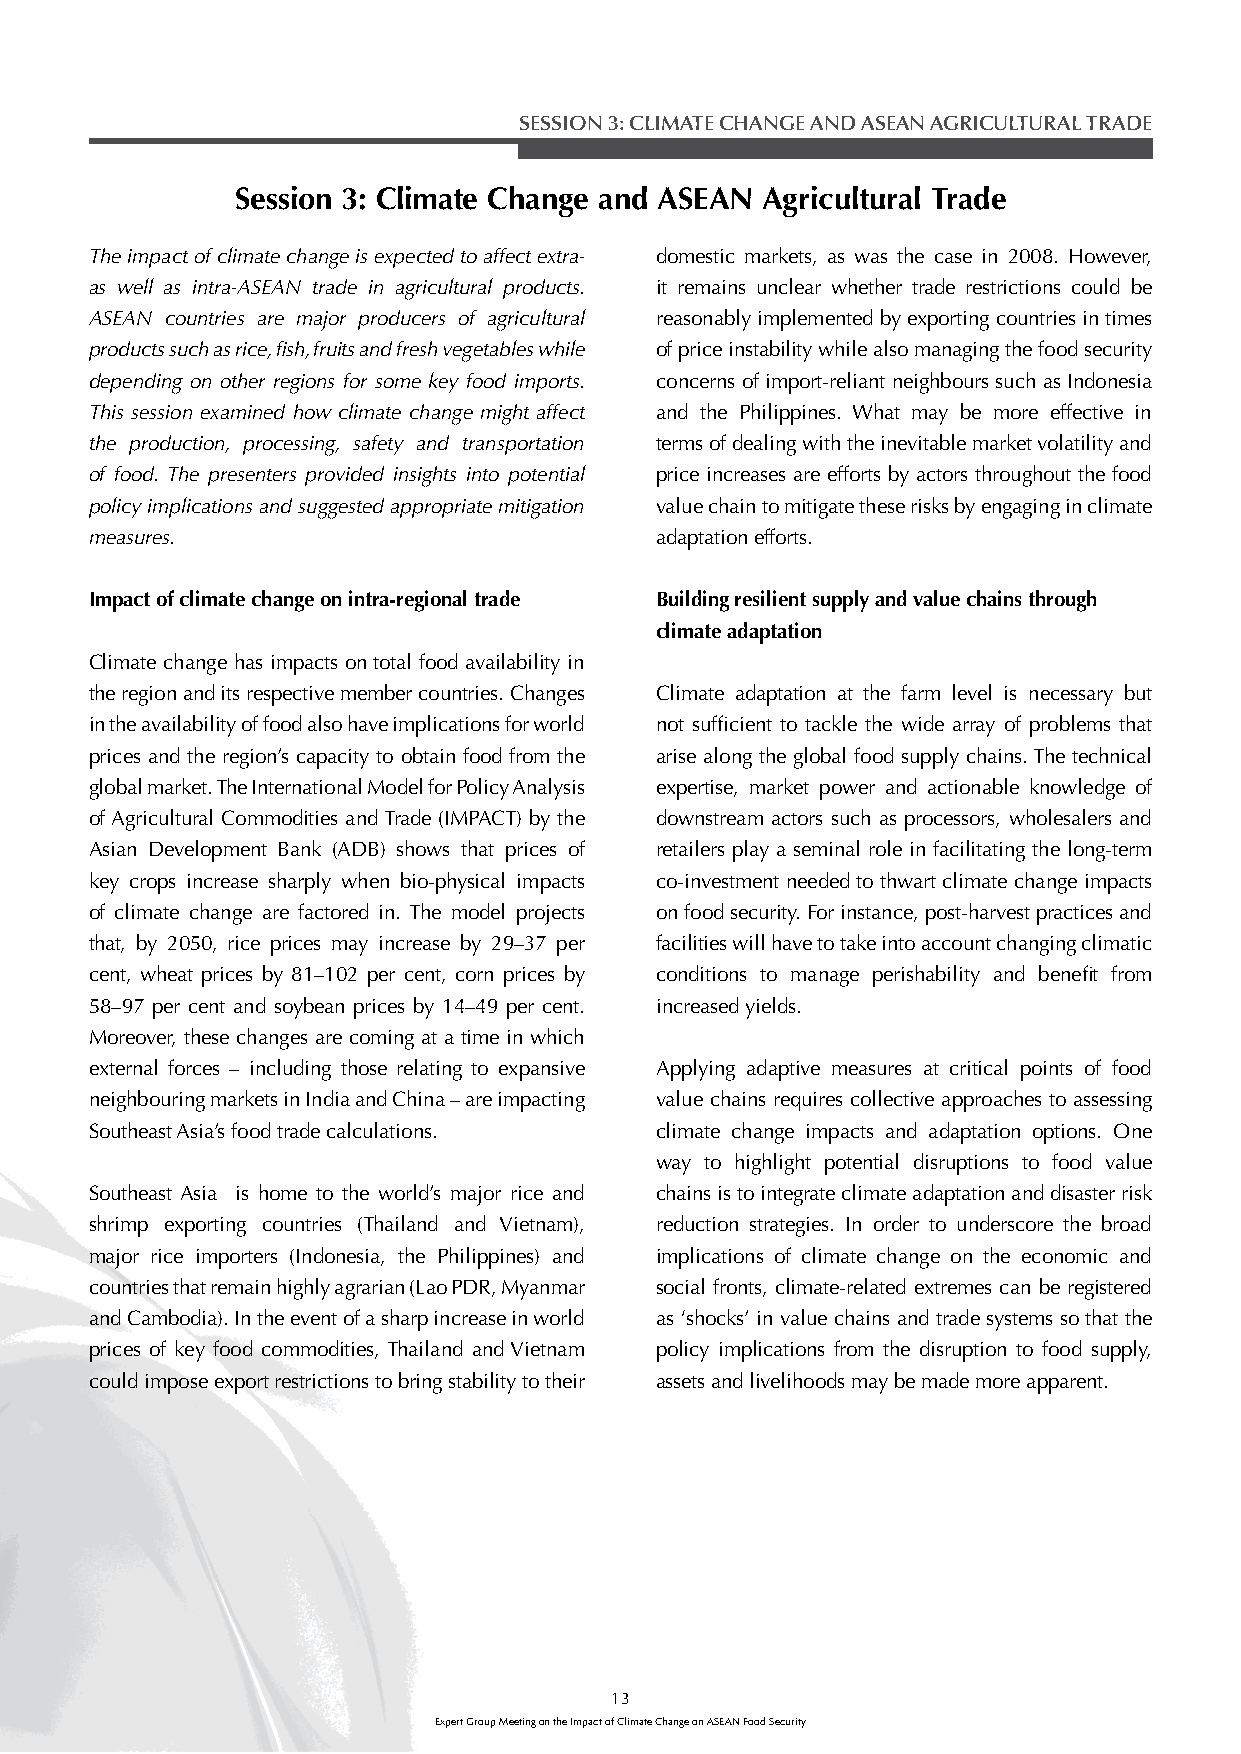
SESSION 3: CLIMATE CHANGE AND ASEAN AGRICULTURAL TRADE
 Session 3: Climate Change and ASEAN Agricultural Trade
 The impact of climate change is expected to affect extra- domestic markets, as was the case in 2008. However,
 as well as intra-ASEAN trade in agricultural products. it remains unclear whether trade restrictions could be
 ASEAN countries are major producers of agricultural reasonably implemented by exporting countries in times
 products such as rice, fi sh, fruits and fresh vegetables while of price instability while also managing the food security
 depending on other regions for some key food imports. concerns of import-reliant neighbours such as Indonesia
 This session examined how climate change might affect and the Philippines. What may be more effective in
 the production, processing, safety and transportation terms of dealing with the inevitable market volatility and
 of food. The presenters provided insights into potential price increases are efforts by actors throughout the food
 policy implications and suggested appropriate mitigation value chain to mitigate these risks by engaging in climate
 measures.                            adaptation efforts.
 Impact of climate change on intra-regional trade Building resilient supply and value chains through
 climate adaptation
 Climate change has impacts on total food availability in
 the region and its respective member countries. Changes Climate adaptation at the farm level is necessary but
 in the availability of food also have implications for world not suffi cient to tackle the wide array of problems that
 prices and the region’s capacity to obtain food from the arise along the global food supply chains. The technical
 global market. The International Model for Policy Analysis expertise, market power and actionable knowledge of
 of Agricultural Commodities and Trade (IMPACT) by the downstream actors such as processors, wholesalers and
 Asian Development Bank (ADB) shows that prices of retailers play a seminal role in facilitating the long-term
 key crops increase sharply when bio-physical impacts co-investment needed to thwart climate change impacts
 of climate change are factored in. The model projects on food security. For instance, post-harvest practices and
 that, by 2050, rice prices may increase by 29–37 per facilities will have to take into account changing climatic
 cent, wheat prices by 81–102 per cent, corn prices by conditions to manage perishability and benefi t from
 58–97 per cent and soybean prices by 14–49 per cent. increased yields.
 Moreover, these changes are coming at a time in which
 external forces – including those relating to expansive Applying adaptive measures at critical points of food
 neighbouring markets in India and China – are impacting value chains requires collective approaches to assessing
 Southeast Asia’s food trade calculations. climate change impacts and adaptation options. One
 way to highlight potential disruptions to food value
 Southeast Asia is home to the world’s major rice and chains is to integrate climate adaptation and disaster risk
 shrimp exporting countries (Thailand and Vietnam), reduction strategies. In order to underscore the broad
 major rice importers (Indonesia, the Philippines) and implications of climate change on the economic and
 countries that remain highly agrarian (Lao PDR, Myanmar social fronts, climate-related extremes can be registered
 and Cambodia). In the event of a sharp increase in world as ‘shocks’ in value chains and trade systems so that the
 prices of key food commodities, Thailand and Vietnam policy implications from the disruption to food supply,
 could impose export restrictions to bring stability to their assets and livelihoods may be made more apparent.
 13
 Expert Group Meeting on the Impact of Climate Change on ASEAN Food Security